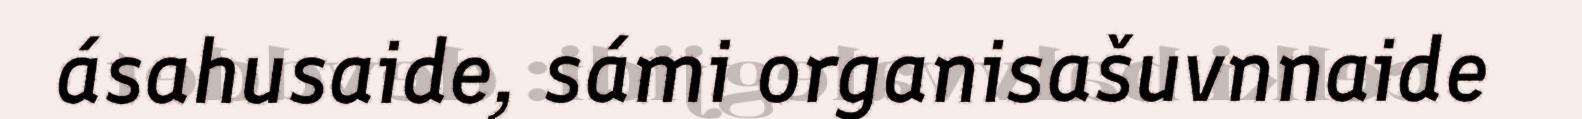
ásahusaide, sámi organisašuvnnaide